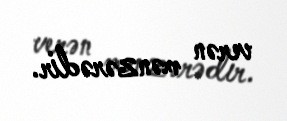
verən mənzərədir.